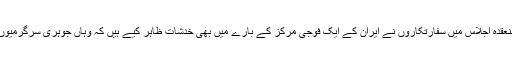
اقوامِ متحدہ کے جوہری نگرانی کے ادارے میں منعقدہ اجلاس میں سفارتکاروں نے ایران کے ایک فوجی مرکز کے بارے میں بھی خدشات ظاہر کیے ہیں کہ وہاں جوہری سرگرمیوں کے ثبوت چھپانے کی کوششیں کی جا رہی ہیں۔